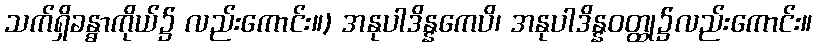
သက်ရှိခန္ဓာကိုယ်၌ လည်းကောင်း။) အနုပါဒိန္နကေပိ၊ အနုပါဒိန္နဝတ္ထု၌လည်းကောင်း။